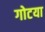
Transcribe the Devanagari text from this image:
गोटया